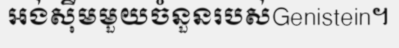
អង់ស៊ីមមួយចំនួនរបស់Genistein។